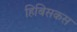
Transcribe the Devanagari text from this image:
हिबिसकस